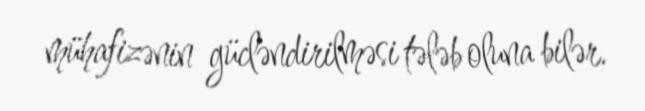
mühafizənin gücləndirilməsi tələb oluna bilər.